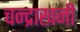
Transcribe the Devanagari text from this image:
चन्द्राखनी